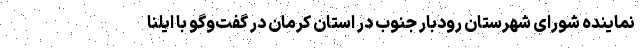
نماینده شورای شهرستان رودبار جنوب در استان کرمان در گفت‌وگو با ایلنا